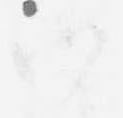
候